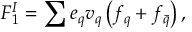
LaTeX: F _ { 1 } ^ { I } = \sum { e _ { q } v _ { q } } \left( f _ { q } + f _ { \bar { q } } \right) ,